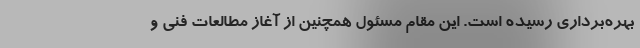
بهره‌برداری رسیده است. این مقام مسئول همچنین از آغاز مطالعات فنی و